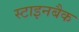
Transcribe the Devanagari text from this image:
स्टाइनबैक